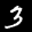
Label: 3